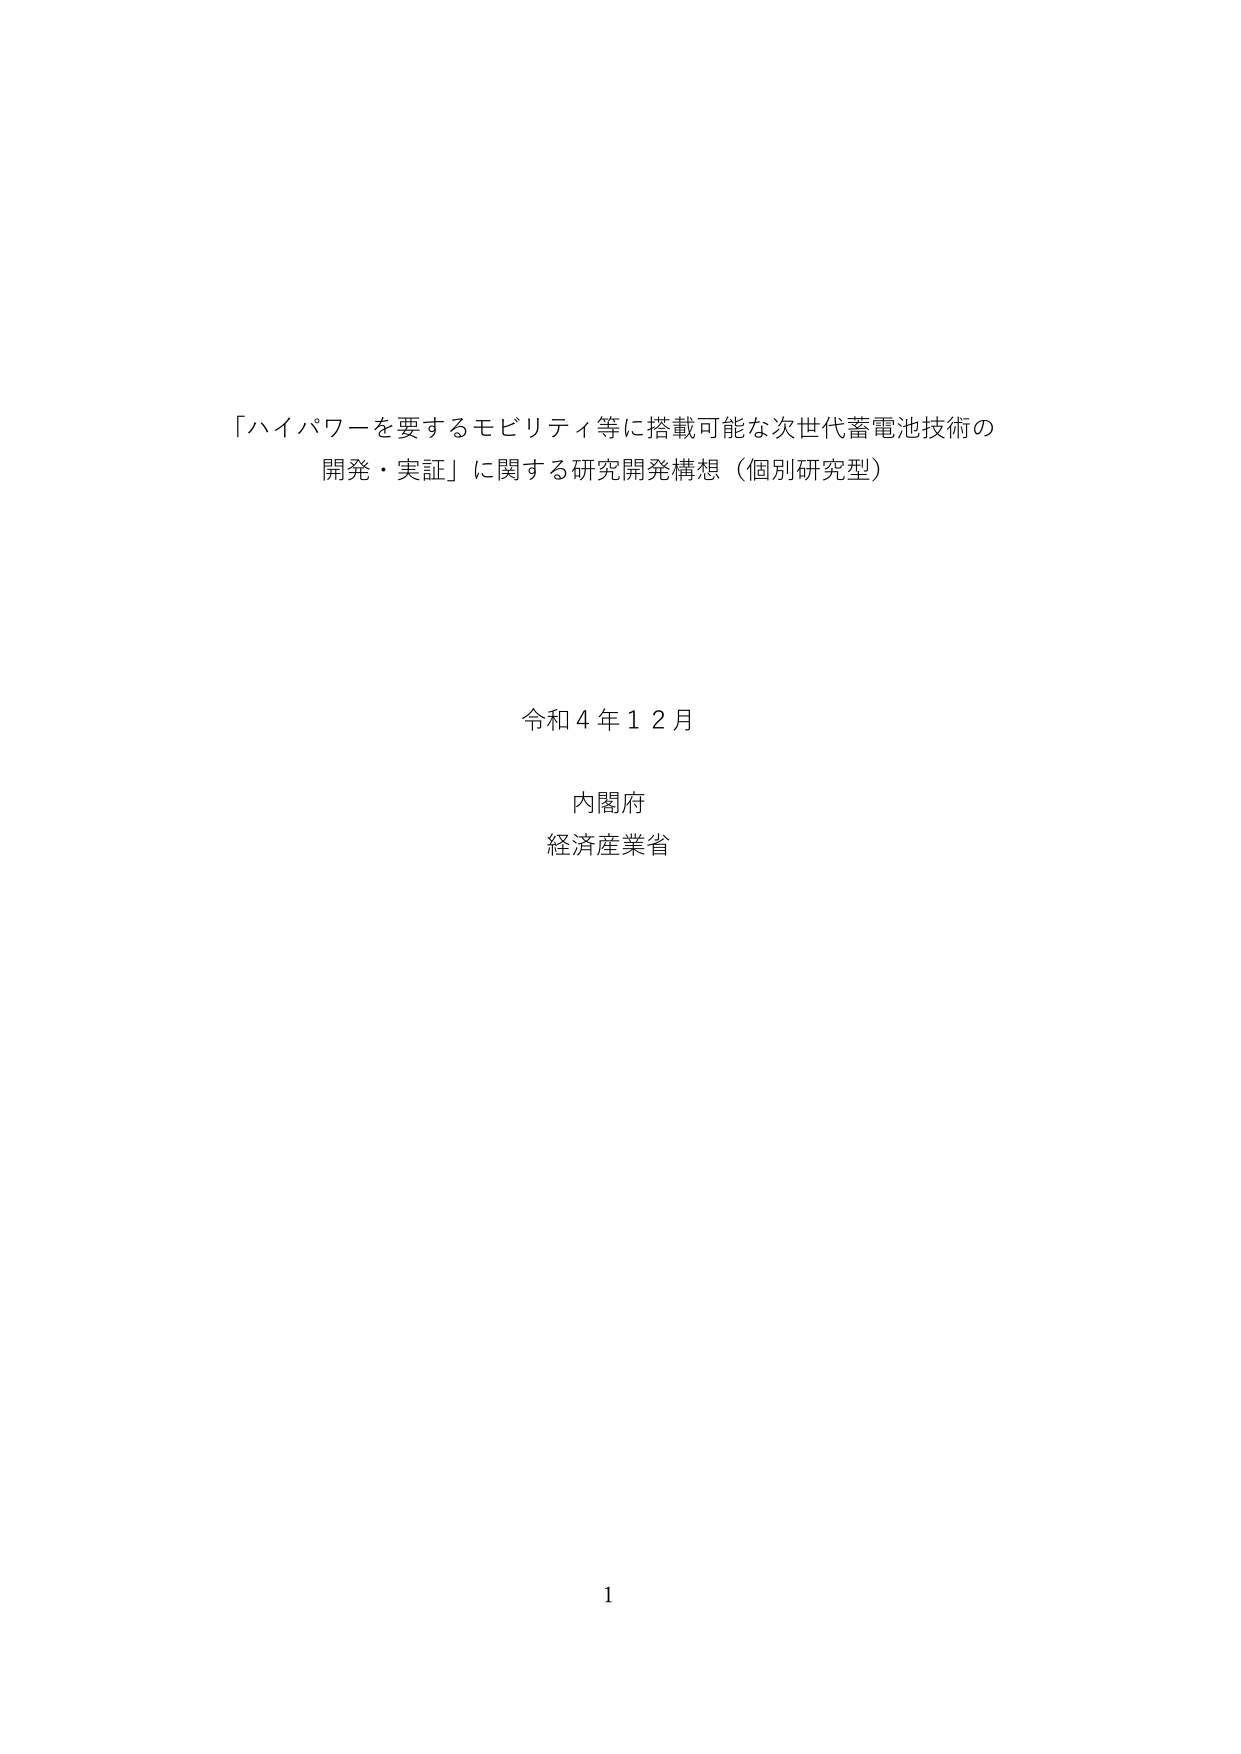
「ハイパワーを要するモビリティ等に搭載可能な次世代蓄電池技術の
開発・実証」に関する研究開発構想（個別研究型）

令和４年１２月
内閣府
経済産業省

1